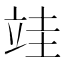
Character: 𮄭